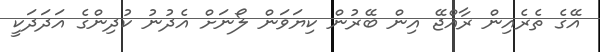
އޭގެ ތެރެއިން ރާއްޖޭ އިން ބޭރުން ކިޔަވަން ލޯނަށް އެދުނު ކުދިންގެ އަދަދަކީ